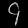
Digit: ၄